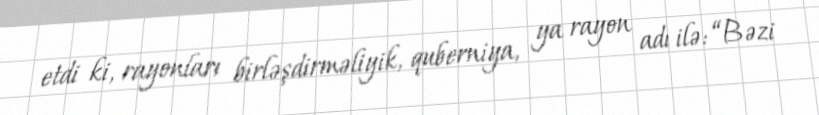
etdi ki, rayonları birləşdirməliyik, quberniya, ya rayon adı ilə: “Bəzi